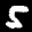
Label: 5